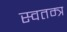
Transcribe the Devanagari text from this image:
स्वतम्त्र